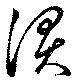
涙